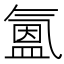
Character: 𭯳